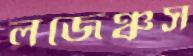
লজেঞ্চুস